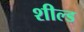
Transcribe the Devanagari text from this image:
शील्‍ड